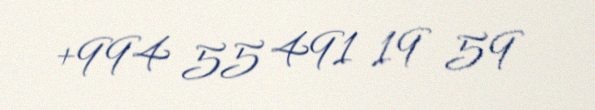
+994 55 491 19 59